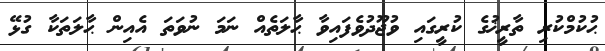
ޙުކުމްކުރި ތާރީޚުގެ ކުރީގައި ވުޖޫދުވެފައިވާ ޙާލަތެއް ނަމަ ނުވަތަ އެއިން ޙާލަތަކާ ގުޅޭ